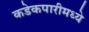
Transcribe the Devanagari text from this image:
कडेकपारीमध्ये